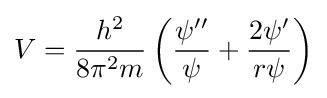
V={\frac {h^{2}}{8\pi ^{2}m}}\left({\frac {\psi ^{\prime \prime }}{\psi }}+{\frac {2\psi ^{\prime }}{r\psi }}\right)